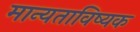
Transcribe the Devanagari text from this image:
मान्यताविष्यक